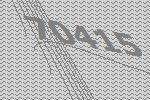
70415